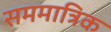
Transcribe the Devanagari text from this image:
सममात्रिक